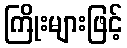
ကြိုးများဖြင့်